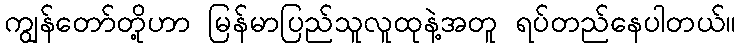
ကျွန်တော်တို့ဟာ မြန်မာပြည်သူလူထုနဲ့အတူ ရပ်တည်နေပါတယ်။